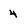
Character: 4